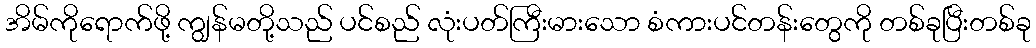
အိမ်ကိုရောက်ဖို့ ကျွန်မတို့သည် ပင်စည် လုံးပတ်ကြီးမားသော စံကားပင်တန်းတွေကို တစ်ခုပြီးတစ်ခု